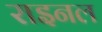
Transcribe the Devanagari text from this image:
राइनल